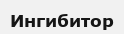
Ингибитор